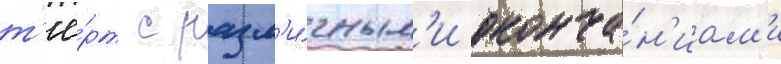
т'ё́рт с разл'и́чным'и оконча́н'иам'и